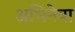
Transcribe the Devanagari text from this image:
अभिनेत्रा